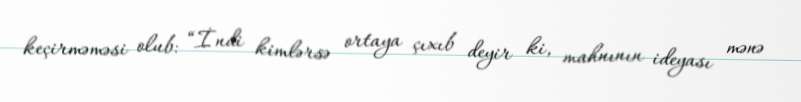
keçirməməsi olub: “İndi kimlərsə ortaya çıxıb deyir ki, mahnının ideyası mənə